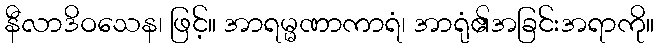
နီလာဒိဝသေန၊ ဖြင့်။ အာရမ္မဏာကာရံ၊ အာရုံ၏အခြင်းအရာကို။